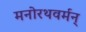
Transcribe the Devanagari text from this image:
मनोरथवर्मन्